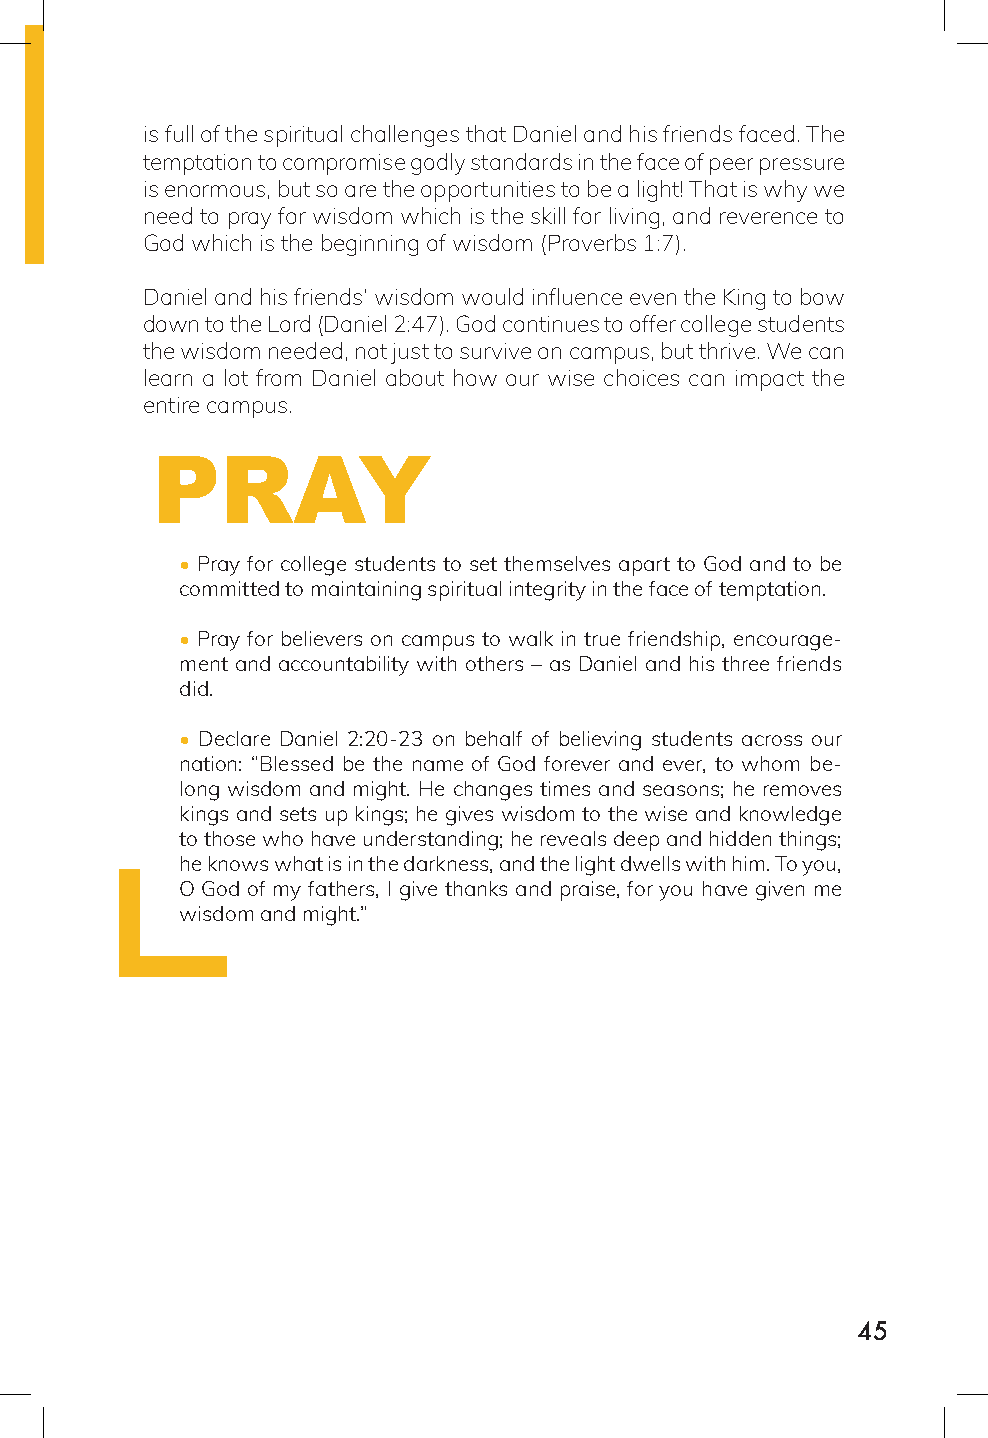
is full of the spiritual challenges that Daniel and his friends faced. The
 temptation to compromise godly standards in the face of peer pressure
 is enormous, but so are the opportunities to be a light! That is why we
 need to pray for wisdom which is the skill for living, and reverence to
 God which is the beginning of wisdom (Proverbs 1:7).
 Daniel and his friends’ wisdom would influence even the King to bow
 down to the Lord (Daniel 2:47). God continues to offer college students
 the wisdom needed, not just to survive on campus, but thrive. We can
 learn a lot from Daniel about how our wise choices can impact the
 entire campus.
 PRAY
 • Pray for college students to set themselves apart to God and to be
 committed to maintaining spiritual integrity in the face of temptation.
 • Pray for believers on campus to walk in true friendship, encourage-
 ment and accountability with others – as Daniel and his three friends
 did.
 • Declare Daniel 2:20-23 on behalf of believing students across our
 nation: “Blessed be the name of God forever and ever, to whom be-
 long wisdom and might. He changes times and seasons; he removes
 kings and sets up kings; he gives wisdom to the wise and knowledge
 to those who have understanding; he reveals deep and hidden things;
 he knows what is in the darkness, and the light dwells with him. To you,
 O God of my fathers, I give thanks and praise, for you have given me
 wisdom and might.”
 45